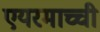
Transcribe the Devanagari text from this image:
एयरमाच्ची